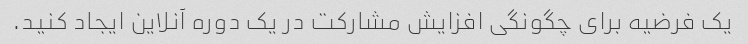
یک فرضیه برای چگونگی افزایش مشارکت در یک دوره آنلاین ایجاد کنید.